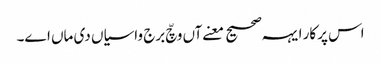
اس پرکار ایہہ صحیح معنےآں وچّ برج واسیاں دی ماں اے۔